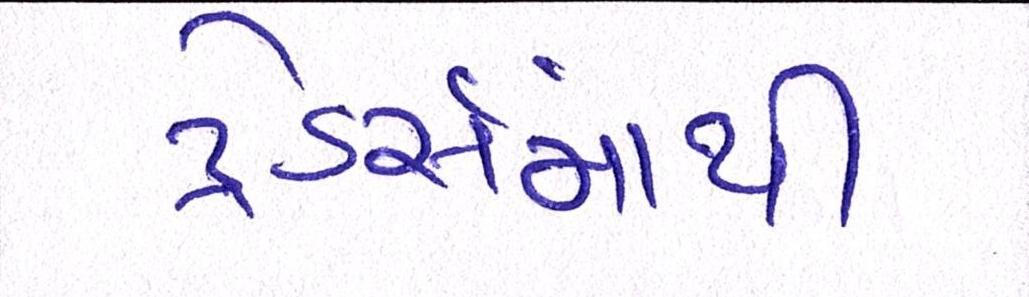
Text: ટ્રેડર્સમાંથી